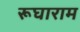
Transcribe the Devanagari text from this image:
रूघाराम